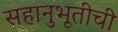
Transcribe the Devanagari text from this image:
सहानुभूतीची